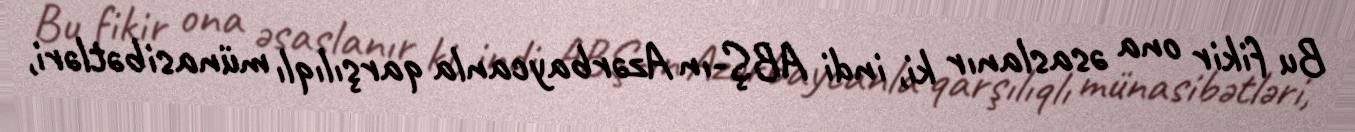
Bu fikir ona əsaslanır ki, indi ABŞ-ın Azərbaycanla qarşılıqlı münasibətləri,